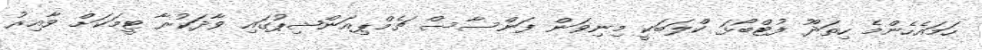
ހަމައެހެންމެ ހިތަދޫ ފުޓްބޯޅަ ކްލަބަކީ މިނިވަން ފަންސާސް ޗެމްޕިއަންޝިޕުގައި ވާދަކުރާ ޓީމަކަށް ވާއިރު